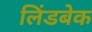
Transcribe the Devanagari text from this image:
लिंडबेक